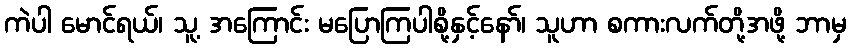
ကဲပါ မောင်ရယ်၊ သူ့ အကြောင်း မပြောကြပါစို့နှင့်နော်၊ သူဟာ စကားလက်တို့အဖို့ ဘာမှ